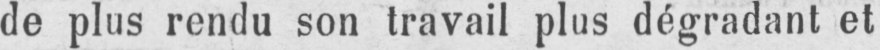
de plus rendu son travail plus dégradant et